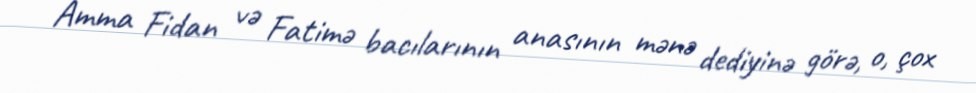
Amma Fidan və Fatimə bacılarının anasının mənə dediyinə görə, o, çox